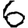
Digit: 6